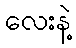
လေးနဲ့